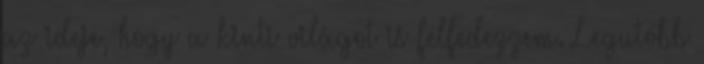
az ideje, hogy a kinti világot is felfedezzem. Legutóbb